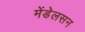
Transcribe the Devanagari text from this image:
मेंडेलसन